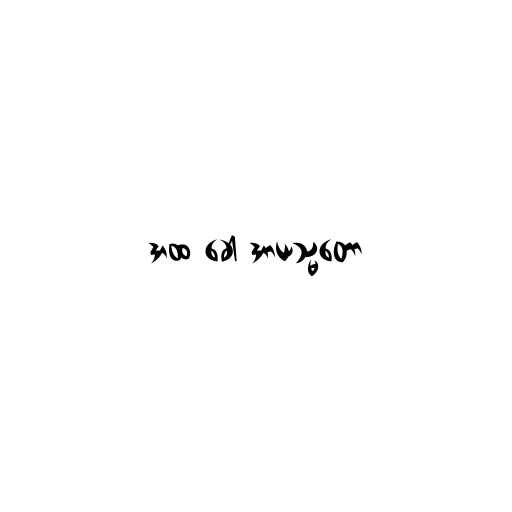
အထ ခေါ အာယသ္မတော